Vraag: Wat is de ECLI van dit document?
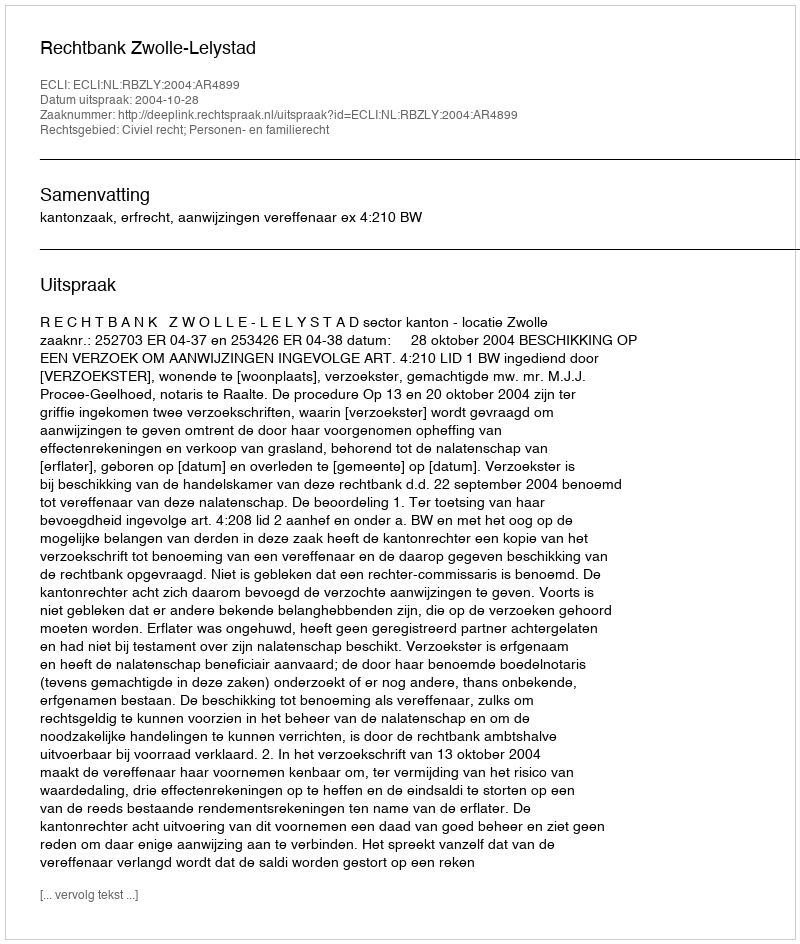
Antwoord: ECLI:NL:RBZLY:2004:AR4899